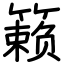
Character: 籁